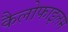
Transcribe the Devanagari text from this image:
कैलोफाइलम